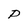
Character: P